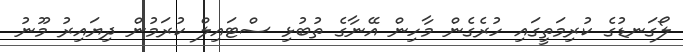
ލޯގަނޑުގެ ކުރިމަތީގައި ހުރެގެން މާހިން އޭނާގެ ތުބުޅި ސްޓައިލް ކުރަމުން ދިޔައިރު މޫނު